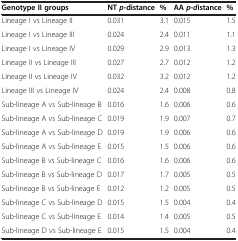
| Genotype II groups | NTp-distance | % | AAp-distance | % |
 | --- | --- | --- | --- | --- |
 | Lineage I vs Lineage II | 0.031 | 3.1 | 0.015 | 1.5 |
 | Lineage I vs Lineage III | 0.024 | 2.4 | 0.011 | 1.1 |
 | Lineage I vs Lineage IV | 0.029 | 2.9 | 0.013 | 1.3 |
 | Lineage II vs Lineage III | 0.027 | 2.7 | 0.012 | 1.2 |
 | Lineage II vs Lineage IV | 0.032 | 3.2 | 0.012 | 1.2 |
 | Lineage III vs Lineage IV | 0.024 | 2.4 | 0.008 | 0.8 |
 | Sub-lineage A vs Sub-lineage B | 0.016 | 1.6 | 0.006 | 0.6 |
 | Sub-lineage A vs Sub-lineage C | 0.019 | 1.9 | 0.007 | 0.7 |
 | Sub-lineage A vs Sub-lineage D | 0.019 | 1.9 | 0.006 | 0.6 |
 | Sub-lineage A vs Sub-lineage E | 0.015 | 1.5 | 0.006 | 0.6 |
 | Sub-lineage B vs Sub-lineage C | 0.016 | 1.6 | 0.006 | 0.6 |
 | Sub-lineage B vs Sub-lineage D | 0.017 | 1.7 | 0.005 | 0.5 |
 | Sub-lineage B vs Sub-lineage E | 0.012 | 1.2 | 0.005 | 0.5 |
 | Sub-lineage C vs Sub-lineage D | 0.015 | 1.5 | 0.004 | 0.4 |
 | Sub-lineage C vs Sub-lineage E | 0.014 | 1.4 | 0.005 | 0.5 |
 | Sub-lineage D vs Sub-lineage E | 0.015 | 1.5 | 0.004 | 0.4 |